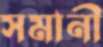
সমানী